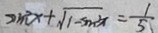
\sin ^ { 2 } x + \sqrt { 1 - \sin ^ { 2 } x } = \frac { 1 } { 5 }